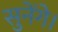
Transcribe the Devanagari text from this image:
सुनेंगे।